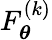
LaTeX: F_{\boldsymbol{\theta}}^{(k)}